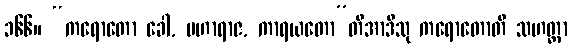
၁၆၆။ “ကရောတော ခေါ, မဟာရာဇ, ကာရယတော”တိအာဒီသု ကရောတောတိ သဟတ္ထာ